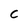
Character: C